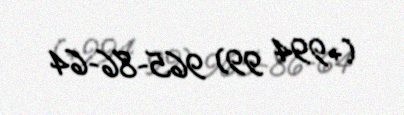
(+994 99) 965-86-64